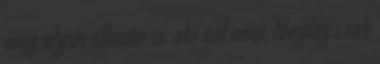
meg olyan ellenőr is, aki azt nézi, tényleg csak